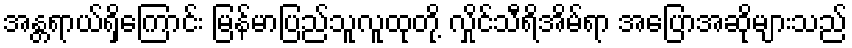
အန္တရာယ်ရှိကြောင်း မြန်မာပြည်သူလူထုတို့ လှိုင်သီရိအိမ်ရာ အပြောအဆိုများသည်